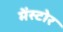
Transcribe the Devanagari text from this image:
मेंस्टोर